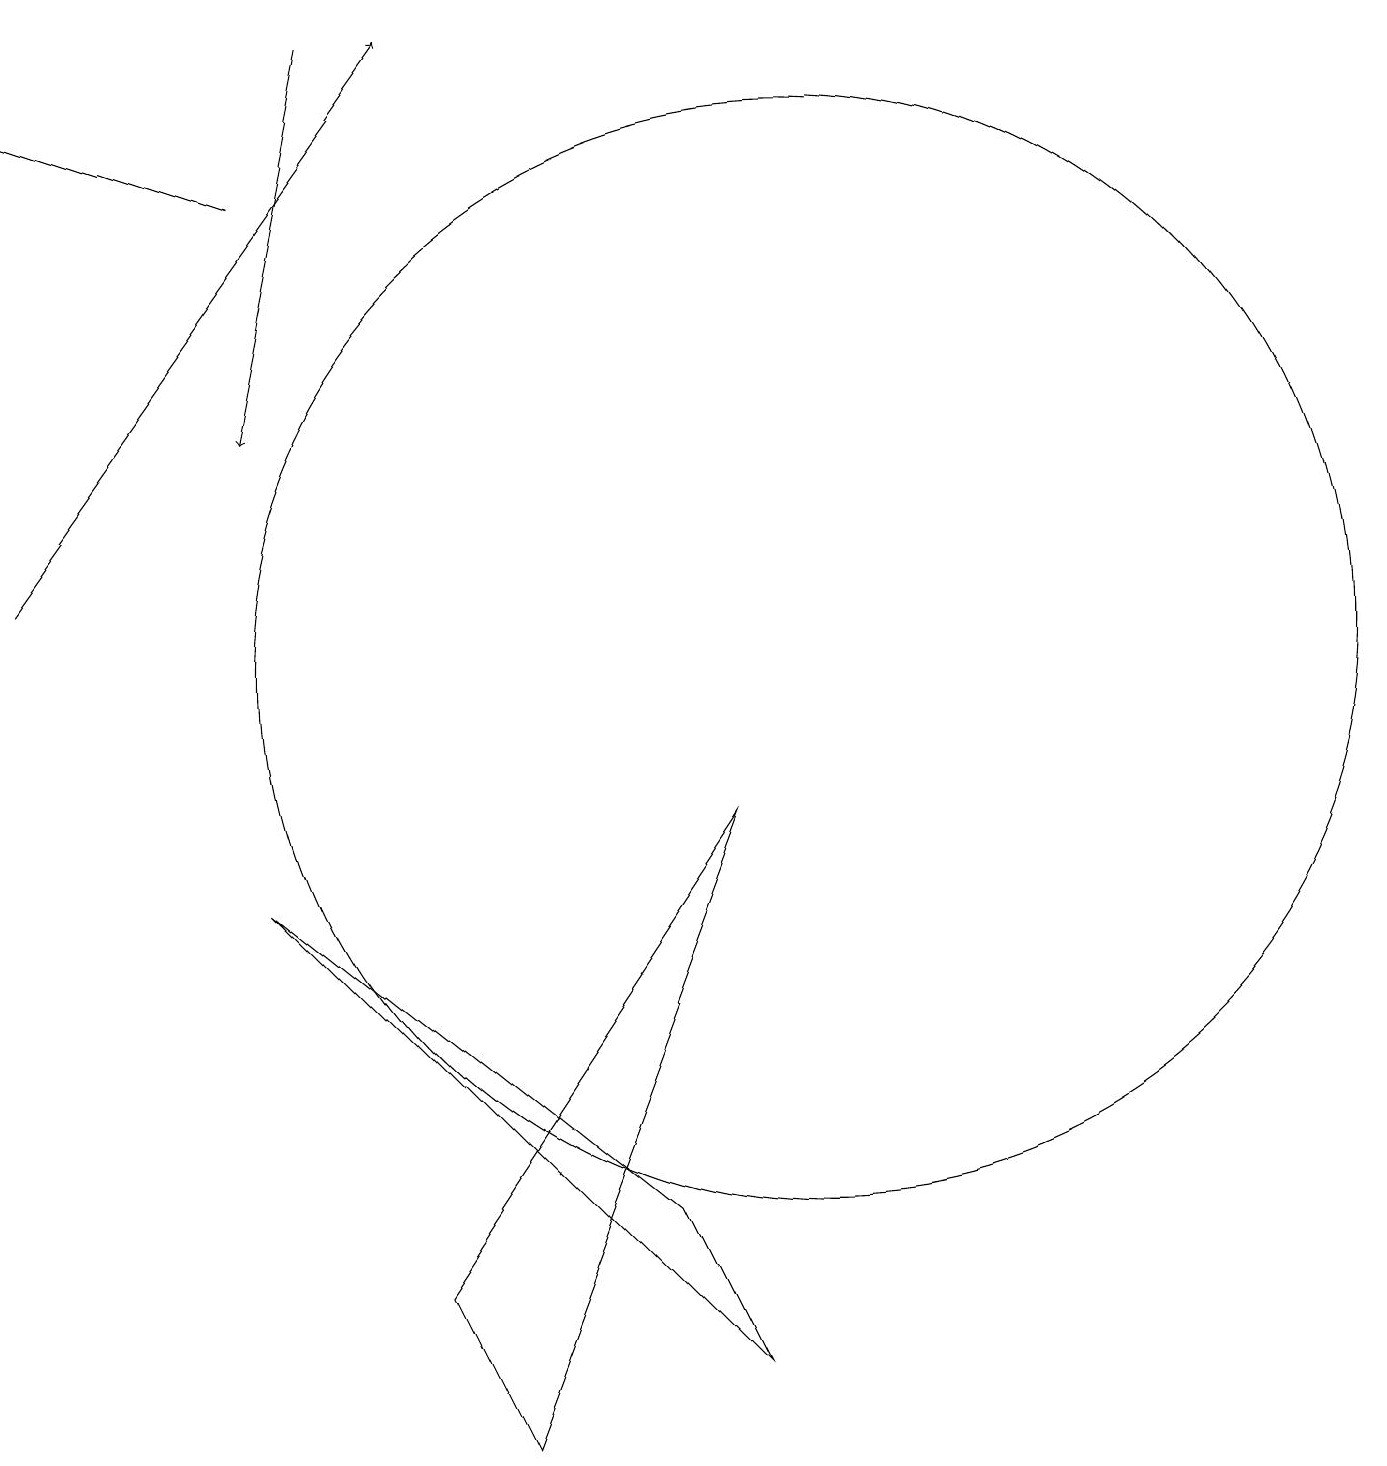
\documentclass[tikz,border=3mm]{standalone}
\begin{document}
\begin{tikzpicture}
\draw (5,3) -- (9,9) -- (6,1) -- cycle;
\draw[->] (0,12) -- (5,19);
\draw[->] (3,17) -- (0,18);
\draw (10,11) circle (7);
\draw (3,8) -- (8,4) -- (9,2) -- cycle;
\draw[->] (4,19) -- (3,14);
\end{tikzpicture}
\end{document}